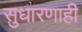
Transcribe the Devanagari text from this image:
सुधारणाही